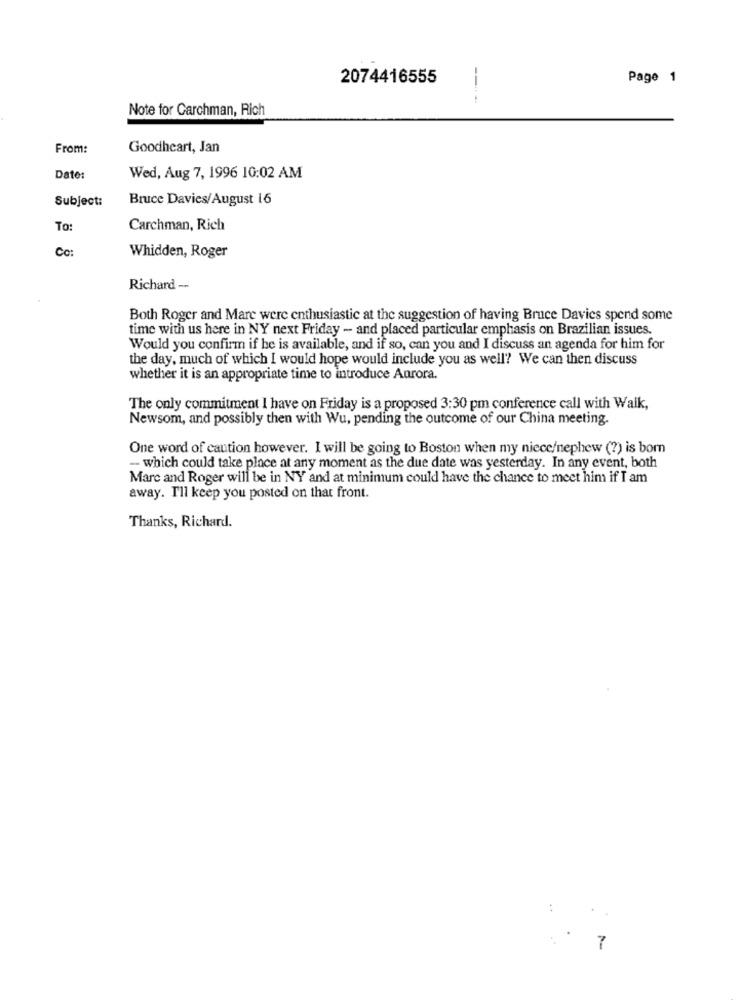
2074416555
Page 1
Note for Carchman, Rich
From:
Goodheart, Jan
Date:
Wed, Aug 7, 1996 10:02 AM
Subject:
Bruce Davies/August 16
To:
Carchman, Rich
Cc:
Whidden, Roger
Richard --
Both Roger and Mare were enthusiastic at the suggestion of having Bruce Davies spend some
time with us here in NY next Friday - and placed particular emphasis on Brazilian issues.
Would you confirm if be is available, and if so, can you and I discuss an agenda for him for
the day, much of which I would hope would include you as well? We can then discuss
whether it is an appropriate time to introduce Aurora.
The only commitment I have on Friday is a proposed 3:30 pm conference call with Walk,
Newsom, and possibly then with Wu, pending the outcome of our China meeting.
One word of caution however. I will be going to Boston when my niece/nephew (?) is born
-- which could take place at any moment as the due date was yesterday. In any event, both
Marc and Roger will be in NY and at minimum could have the chance to meet him if I am
away. I'll keep you posted on that front.
Thanks, Richard.
7